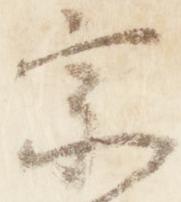
宗